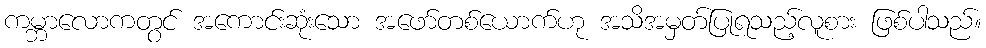
ကမ္ဘာလောကတွင် အကောင်းဆုံးသော အဖော်တစ်ယောက်ဟု အသိအမှတ်ပြုရသည့်လူစား ဖြစ်ပါသည်။